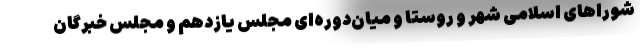
شوراهای اسلامی شهر و روستا و میان‌دوره‌ای مجلس یازدهم و مجلس خبرگان